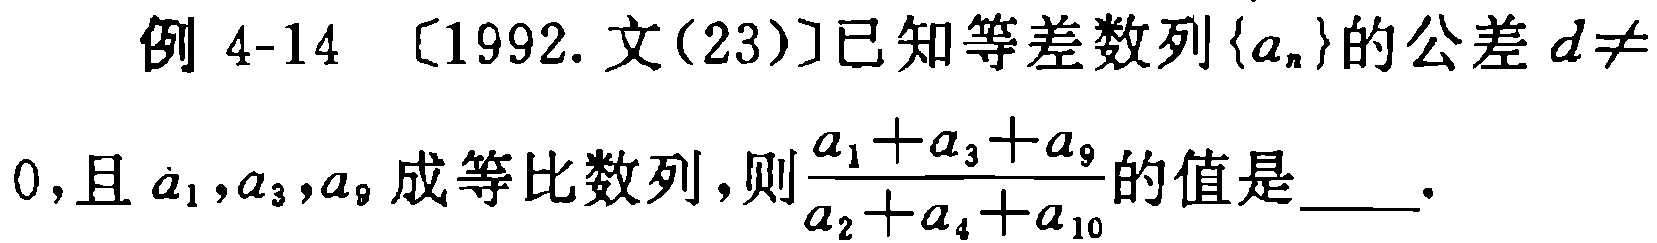
例 4-14 〔1992. 文(23)〕已知等差数列\(\{a_{n}\}\)的公差\(d\neq 0\)，且\(a_{1},a_{3},a_{9}\)成等比数列，则\(\frac{a_{1}+a_{3}+a_{9}}{a_{2}+a_{4}+a_{10}}\)的值是  。